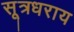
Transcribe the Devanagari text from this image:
सूत्रधराय